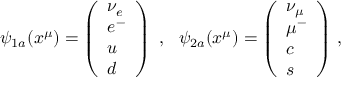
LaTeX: \psi _ { 1 a } ( x ^ { \mu } ) = \left( \begin{array} { l } { { \nu _ { e } } } \\ { { e ^ { - } } } \\ { { u } } \\ { { d } } \end{array} \right) ~ , ~ ~ \psi _ { 2 a } ( x ^ { \mu } ) = \left( \begin{array} { l } { { \nu _ { \mu } } } \\ { { \mu ^ { - } } } \\ { { c } } \\ { { s } } \end{array} \right) \, ,